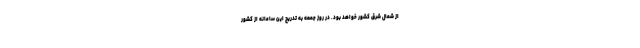
از شمال شرق کشور خواهد بود. در روز جمعه به تدریج این سامانه از کشور